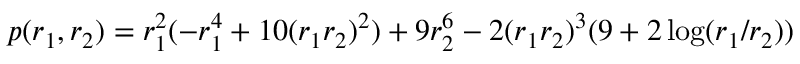
p ( r _ { 1 } , r _ { 2 } ) = r _ { 1 } ^ { 2 } ( - r _ { 1 } ^ { 4 } + 1 0 ( r _ { 1 } r _ { 2 } ) ^ { 2 } ) + 9 r _ { 2 } ^ { 6 } - 2 ( r _ { 1 } r _ { 2 } ) ^ { 3 } ( 9 + 2 \log ( r _ { 1 } / r _ { 2 } ) )